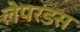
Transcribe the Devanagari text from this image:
लेपरडस